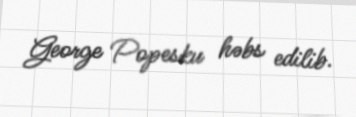
George Popesku həbs edilib.